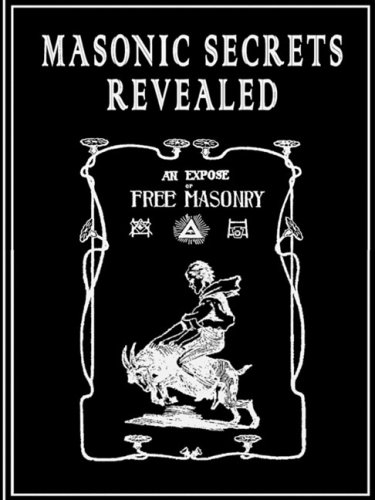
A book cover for Masonic Secrets Revealed; William Morgan; Religion & Spirituality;